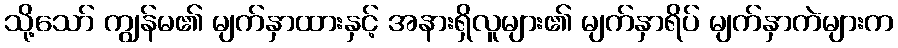
သို့သော် ကျွန်မ၏ မျက်နှာထားနှင့် အနားရှိလူများ၏ မျက်နှာရိပ် မျက်နှာကဲများက